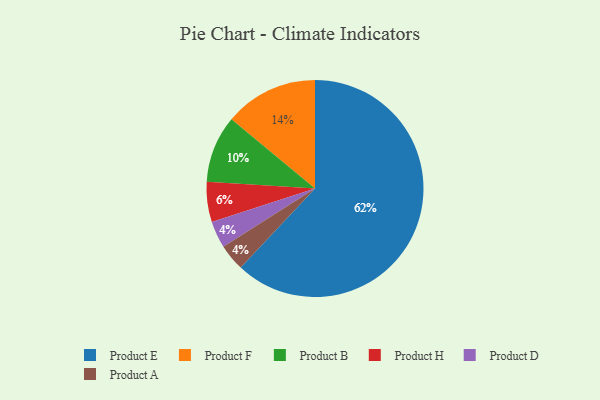
{"axis": {"x": "Category", "y": "Percentage"}, "legend": ["Product A", "Product B", "Product D", "Product E", "Product F", "Product H"], "data": [{"x": "Product H", "y": 6, "type": "Product H"}, {"x": "Product F", "y": 14, "type": "Product F"}, {"x": "Product B", "y": 10, "type": "Product B"}, {"x": "Product D", "y": 4, "type": "Product D"}, {"x": "Product E", "y": 62, "type": "Product E"}, {"x": "Product A", "y": 4, "type": "Product A"}]}